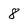
Character: 8